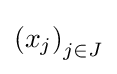
{\left(x_{j}\right)}_{j\in J}